Indian journal of veterinary science and animal husbandry - Volume 12,
Year: 1942
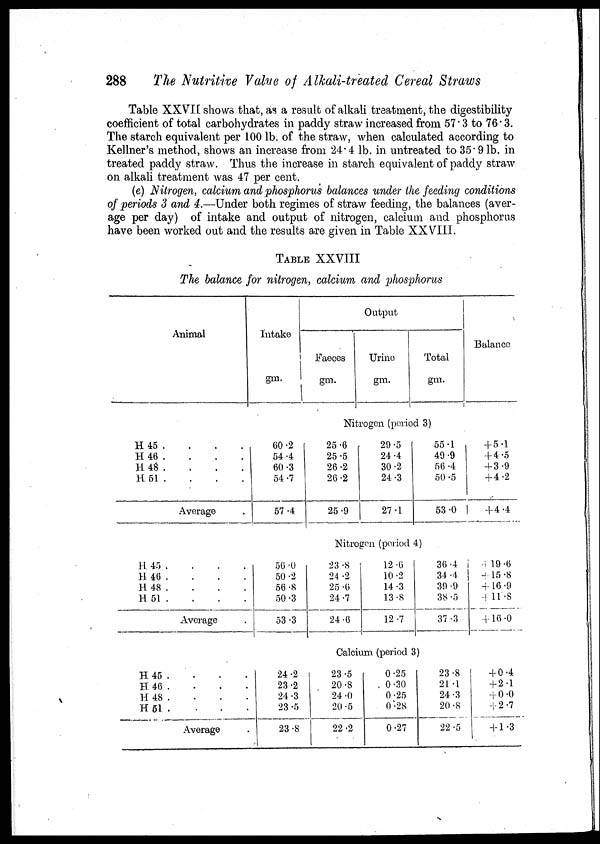
288
The Nutritive Value of Alkali-treated Cereal Straws
Table XXVII shows that, as a result of alkali treatment, the digestibility
coefficient of total carbohydrates in paddy straw increased from 57.3 to 76.3.
The starch equivalent per 100 lb. of the straw, when calculated according to
Kellner's method, shows an increase from 24.4 lb. in untreated to 35.9 lb. in
treated paddy straw. Thus the increase in starch equivalent of paddy straw
on alkali treatment was 47 per cent.
(e) Nitrogen, calcium and phosphorus balances under the feeding conditions
of periods 3 and 4.—Under both regimes of straw feeding, the balances (aver-
age per day) of intake and output of nitrogen, calcium and phosphorus
have been worked out and the results are given in Table XXVIII.
TABLE XXVIII
The balance for nitrogen, calcium and phosphorus
Animal
H 45 . . . .
H 46 .
. . .
H 48 .
.
.
.
H 51 . . . .
Average .
Intake
gm.
60.2
54.4
60.3
54.7
57.4
Output
Faeces
gm.
Urine
gm.
Total
gm.
Nitrogen (period 3)
25.6
25.5
26.2
26.2
25.9
29.5
24.4
30.2
24.3
27.1
55.1
49.9
56 .4
50 .5
53.0
Balance
+5.1
+4.5
+3.9
+4.2
+4.4
H
45 . . . .
H 46 .
.
.
.
H 48 . . . .
H 51 . . . .
Average
H 45 . . . .
H 46 .
.
.
.
H 48 . . . .
H 51 . . . .
Average
Nitrogen (period 4)
56.0
50.2
56.8
50.3
53.3
23.8
24.2
25.6
24.7
24.6
12.6
10.2
14.3
13.8
12.7
36.4
34.4
39.9
38.5
37.3
+19.6
+15.8
+16.9
+11.8
+16.0
Calcium (period 3)
24.2
23.2
24.3
23.5
23.8
23.5
20.8
24.0
20.5
22.2
0.25
0.30
0.25
0.28
0.27
23.8
21.l
24.3
20.8
22.5
+0.4
+2.1
+0.0
+2.7
+1.3